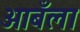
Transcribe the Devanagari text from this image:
आबँला